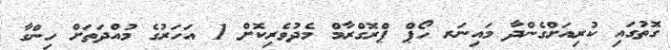
ގޮތުގައި ކުރިއަށްގެންދާ މައިނަރ ހޯޕް ޕްރޮގްރާމް މެދުވެރިކޮށް 1 އަހަރުގެ މުއްދަތަށް ހިންގާ